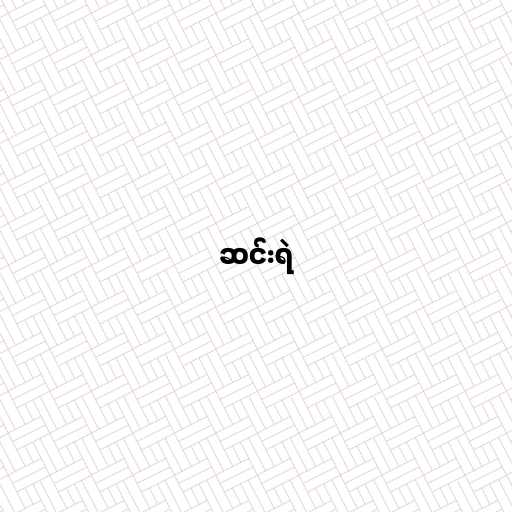
ဆင်းရဲ